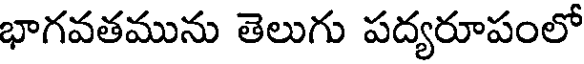
భాగవతమును తెలుగు పద్యరూపంలో